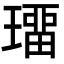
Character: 璢